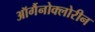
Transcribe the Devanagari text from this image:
ऑर्गैनोक्लोरीन